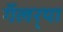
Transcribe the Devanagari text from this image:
गॅलर्‍या